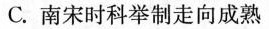
C.南宋时科举制走向成熟